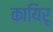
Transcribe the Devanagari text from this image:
कायिरू